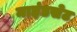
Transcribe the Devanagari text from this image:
माइंडसेट